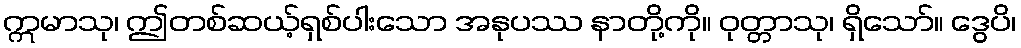
ဣမာသု၊ ဤတစ်ဆယ့်ရှစ်ပါးသော အနုပဿ နာတို့ကို။ ဝုတ္တာသု၊ ရှိသော်။ ဒွေပိ၊